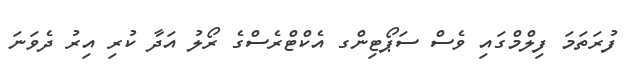
ފުރަތަމަ ފިލްމްގައި ވެސް ސަޕޯޓިންގ އެކްޓްރެސްގެ ރޯލު އަދާ ކުރި އިރު ދެވަނަ